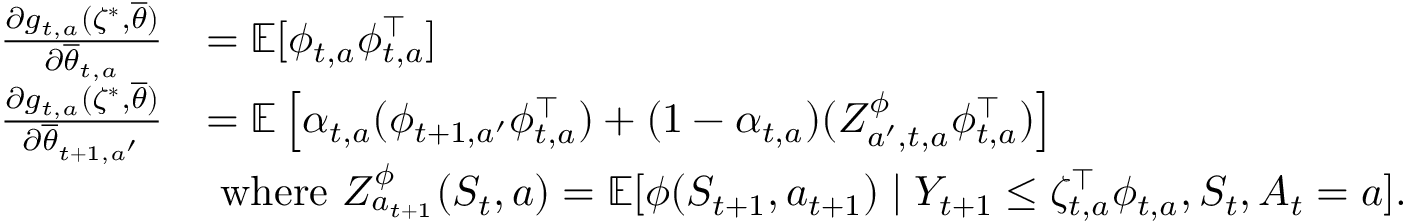
\begin{array} { r l } { \textstyle \frac { \partial g _ { t , a } ( \zeta ^ { * } , \overline { { \theta } } ) } { \partial \overline { { \theta } } _ { t , a } } } & { = \textstyle \mathbb E [ \phi _ { t , a } \phi _ { t , a } ^ { \top } ] } \\ { \textstyle \frac { \partial g _ { t , a } ( \zeta ^ { * } , \overline { { \theta } } ) } { \partial \overline { { \theta } } _ { t + 1 , a ^ { \prime } } } } & { \textstyle = \mathbb E \left[ \alpha _ { t , a } ( \phi _ { t + 1 , a ^ { \prime } } \phi _ { t , a } ^ { \top } ) + ( { 1 - { \alpha } _ { t , a } } ) ( Z _ { a ^ { \prime } , t , a } ^ { \phi } \phi _ { t , a } ^ { \top } ) \right] } \\ & { \mathrm { ~ w h e r e ~ } Z _ { a _ { t + 1 } } ^ { \phi } ( S _ { t } , a ) = \mathbb E [ \phi ( S _ { t + 1 } , a _ { t + 1 } ) \mid Y _ { t + 1 } \leq \zeta _ { t , a } ^ { \top } \phi _ { t , a } , S _ { t } , A _ { t } = a ] . } \end{array}